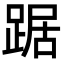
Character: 踞